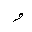
Letter: _waw